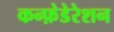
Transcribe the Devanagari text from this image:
कन्फ़ेडेरेशन